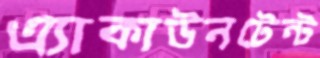
এ্যাকাউনটেন্ট